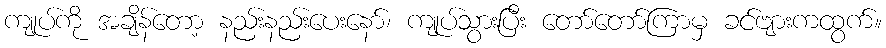
ကျုပ်ကို အချိန်တော့ နည်းနည်းပေးနော်၊ ကျုပ်သွားပြီး တော်တော်ကြာမှ ခင်ဗျားကထွက်။